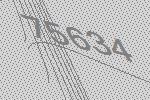
75634